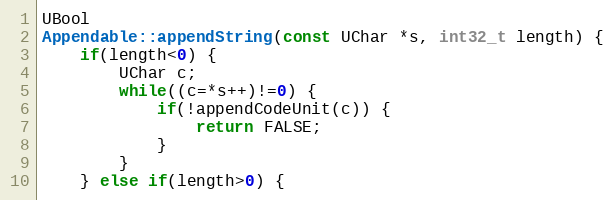
Language: C++
UBool
Appendable::appendString(const UChar *s, int32_t length) {
    if(length<0) {
        UChar c;
        while((c=*s++)!=0) {
            if(!appendCodeUnit(c)) {
                return FALSE;
            }
        }
    } else if(length>0) {